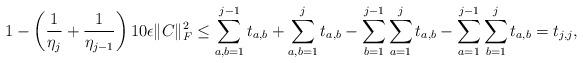
LaTeX: \begin{align*}1 - \left(\frac{1}{\eta_j} + \frac{1}{\eta_{j-1}}\right)10 \epsilon \|C\|_F^2\leq \sum_{a,b=1}^{j-1} t_{a,b} + \sum_{a,b=1}^{j} t_{a,b} - \sum_{b=1}^{j-1}\sum_{a=1}^{j} t_{a,b} - \sum_{a=1}^{j-1}\sum_{b=1}^{j} t_{a,b} = t_{j,j},\end{align*}